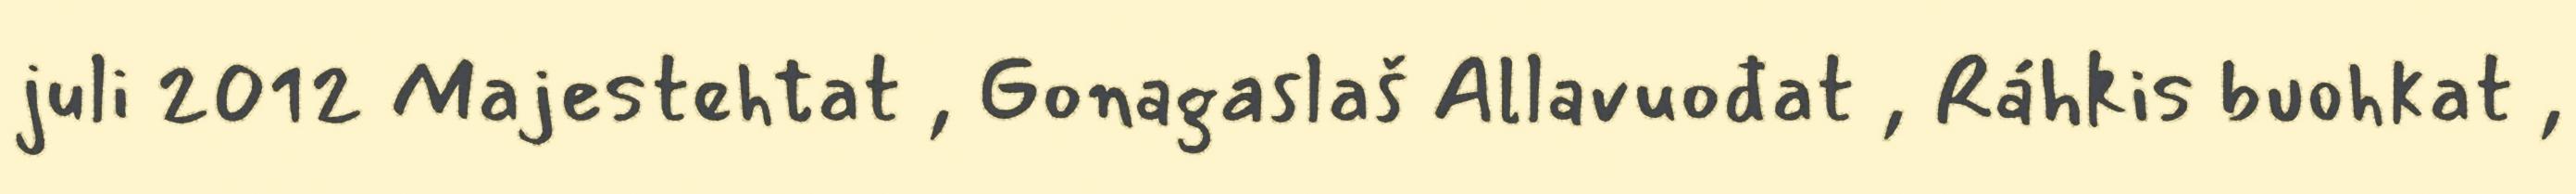
juli 2012 Majestehtat , Gonagaslaš Allavuođat , Ráhkis buohkat ,